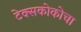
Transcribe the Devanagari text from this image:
टेक्सकोकोचा